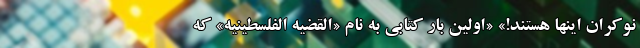
نوکران اینها هستند!» «اولین بار کتابی به نام «القضیه الفلسطینیه» که